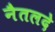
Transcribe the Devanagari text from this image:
नैतलदे